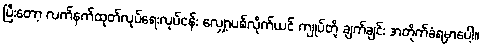
ပြီးတော့ လက်နက်ထုတ်လုပ်ရေးလုပ်ငန်း လျှော့ပစ်လိုက်ယင် ကျုပ်တို့ ချက်ချင်း အတိုက်ခံရမှာပေါ့။